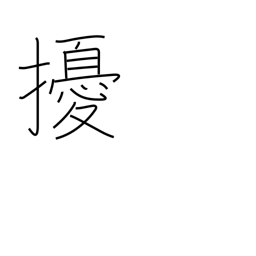
Meaning: throw into confusion